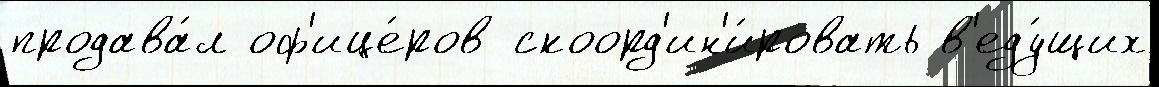
продава́л оф'ице́ров скоорд'ин'и́ровать в'еду́щих